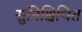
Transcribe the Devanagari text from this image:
सुनिश्चिचित